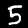
Label: 5